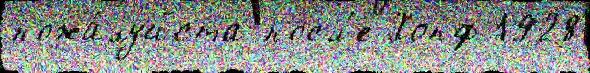
пожа́луйста посл'е Хопф 1928